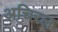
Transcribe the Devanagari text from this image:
अचिरल